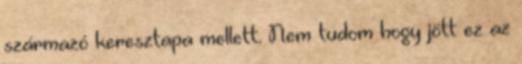
származó keresztapa mellett. Nem tudom hogy jött ez az